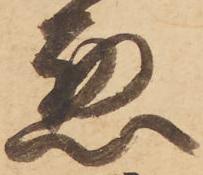
悪